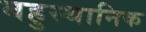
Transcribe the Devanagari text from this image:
बहुस्थानिक